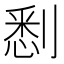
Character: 𠞹